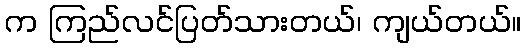
က ကြည်လင်ပြတ်သားတယ်၊ ကျယ်တယ်။